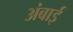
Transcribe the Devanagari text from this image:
अंबाई